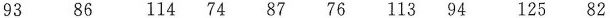
93 86 114 74 87 76 113 94 125 82